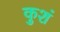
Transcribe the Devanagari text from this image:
कुशं